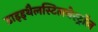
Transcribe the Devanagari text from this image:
डाइइथैलस्टिलबेस्ट्रॉल